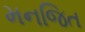
મનજિત